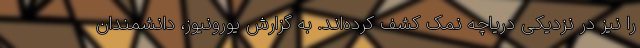
را نیز در نزدیکی دریاچه نمک کشف کرده‌اند. به گزارش یورونیوز، دانشمندان